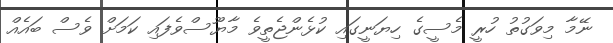
ނޭމާ މިވަގުތު ހުރީ މެސީގެ ހިޔަނީގައި ކުޅެންޖެތީވެ މާޔޫސްވެފައި ކަމަށް ވެސް ބައެއް